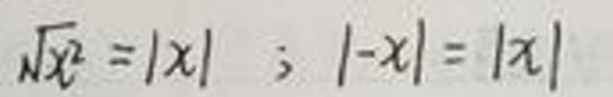
\[
\sqrt{x^{2}} = |x| \ ;\ |-x| = |x|
\]